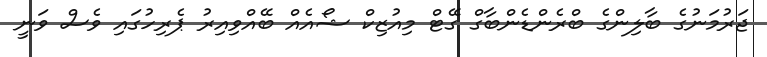
ޖަރުމަނުގެ ބާލިންގެ ބްރެންޑެންބާގް ގޭޓް މިއުޒިކް ޝޯއެއް ބޭއްވިއިރު ޕެރިހުގައި ވެސް ވަނީ